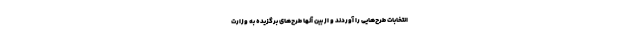
انتخابات طرح‌هایی را آوردند و از بین آنها طرح‌های برگزیده به وزارت